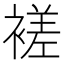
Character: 褨